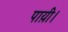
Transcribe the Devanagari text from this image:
पाय़ी।